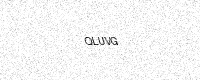
Text: QLUVG